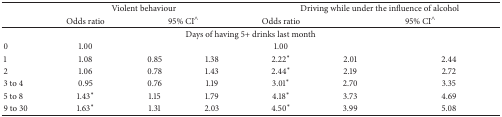
<table><thead><tr><td><b> </b></td><td colspan="3"><b>Violent behaviour</b></td><td colspan="3"><b>Driving while under the influence of alcohol</b></td></tr><tr><td><b> </b></td><td><b>Odds ratio</b></td><td colspan="2"><b>95% CI<sup>∧</sup></b></td><td><b>Odds ratio</b></td><td colspan="2"><b>95% CI<sup>∧</sup></b></td></tr></thead><tbody><tr><td colspan="7">Days of having 5+ drinks last month</td></tr><tr><td>0</td><td>1.00</td><td> </td><td> </td><td>1.00</td><td> </td><td> </td></tr><tr><td>1</td><td>1.08</td><td>0.85</td><td>1.38</td><td>2.22<sup>*</sup></td><td>2.01</td><td>2.44</td></tr><tr><td>2</td><td>1.06</td><td>0.78</td><td>1.43</td><td>2.44<sup>*</sup></td><td>2.19</td><td>2.72</td></tr><tr><td>3 to 4</td><td>0.95</td><td>0.76</td><td>1.19</td><td>3.01<sup>*</sup></td><td>2.70</td><td>3.35</td></tr><tr><td>5 to 8</td><td>1.43<sup>*</sup></td><td>1.15</td><td>1.79</td><td>4.18<sup>*</sup></td><td>3.73</td><td>4.69</td></tr><tr><td>9 to 30</td><td>1.63<sup>*</sup></td><td>1.31</td><td>2.03</td><td>4.50<sup>*</sup></td><td>3.99</td><td>5.08</td></tr></tbody></table>